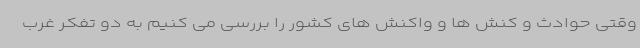
وقتی حوادث و کنش ها و واکنش های کشور را بررسی می کنیم به دو تفکر غرب